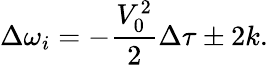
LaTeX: \Delta\omega_{i}=-\frac{V_{0}^{2}}{2}\Delta\tau\pm 2k.